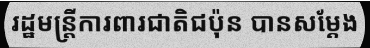
រដ្ឋមន្ត្រីការពារជាតិជប៉ុន បានសម្តែង